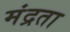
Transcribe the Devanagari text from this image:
मंद्रता